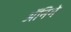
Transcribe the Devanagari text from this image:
ॲनिमे